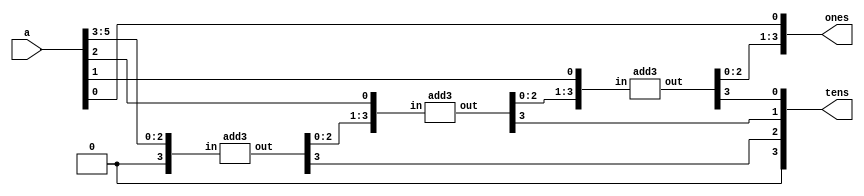
//6-bit binary to 2-digit BCD 
module b2b(a,ones,tens);
input [5:0]a;
output [3:0]ones,tens;
  
wire [3:0]c1,c2,c3;
wire [3:0]d1,d2,d3;
  
assign d1={1'b0,a[5:3]};
assign d2={c1[2:0],a[2]};
assign d3={c2[2:0],a[1]};
  add3 m1(d1,c1);
  add3 m2(d2,c2);
  add3 m3(d3,c3);
assign ones={c3[2:0],a[0]};
assign tens={1'b0,c1[3],c2[3],c3[3]};
  
endmodule 

//add3.v
module add3(in,out);
input [3:0] in;
output [3:0] out;
reg [3:0] out;

always @ (in)
case (in)
4'b0000: out <= 4'b0000;
4'b0001: out <= 4'b0001;
4'b0010: out <= 4'b0010;
4'b0011: out <= 4'b0011;
4'b0100: out <= 4'b0100;
4'b0101: out <= 4'b1000;
4'b0110: out <= 4'b1001;
4'b0111: out <= 4'b1010;
4'b1000: out <= 4'b1011;
4'b1001: out <= 4'b1100;
default: out <=4'b0000;
endcase
endmodule